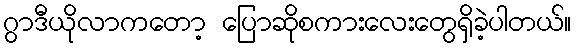
ဂွာဒီယိုလာကတော့ ပြောဆိုစကားလေးတွေရှိခဲ့ပါတယ်။